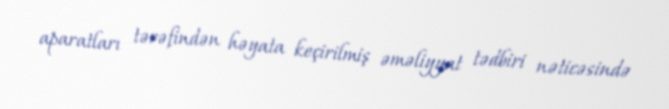
aparatları tərəfindən həyata keçirilmiş əməliyyat tədbiri nəticəsində